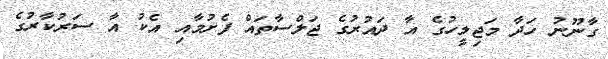
ގާނޫނު ހަދާ މަޖިލީހުގެ އާ ދައުރުގެ ޖަލްސާތައް ފެށުމާއި އެކު އާ ސަރުކާރުގެ